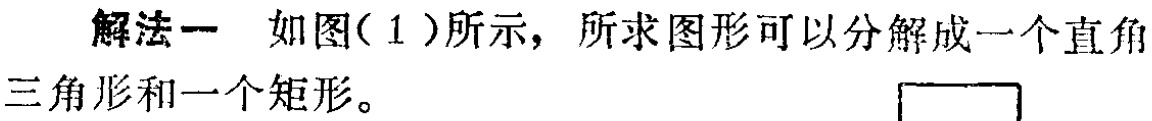
解法一 如图(1)所示，所求图形可以分解成一个直角三角形和一个矩形。